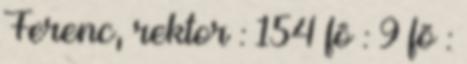
Ferenc, rektor : 154 fõ : 9 fõ :